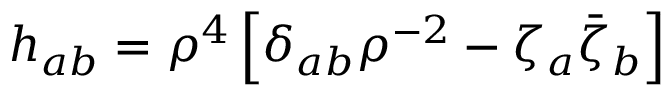
h _ { a b } = \rho ^ { 4 } \left[ \delta _ { a b } \rho ^ { - 2 } - \zeta _ { a } \bar { \zeta } _ { b } \right]